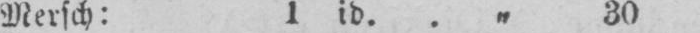
Mersch: 1 id.. „ 30